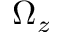
\Omega _ { z }